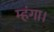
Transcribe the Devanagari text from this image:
म्हंगा।